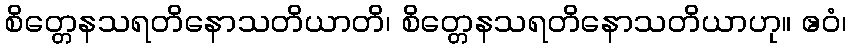
စိတ္တေနသရတိနောသတိယာတိ၊ စိတ္တေနသရတိနောသတိယာဟု။ ဧဝံ၊